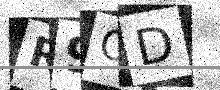
Text: R9OD